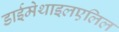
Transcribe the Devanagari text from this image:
डाईमेथाइलएलिल